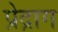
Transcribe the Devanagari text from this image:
प्रेद्राग